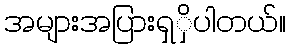
အများအပြားရှှိပါတယ်။